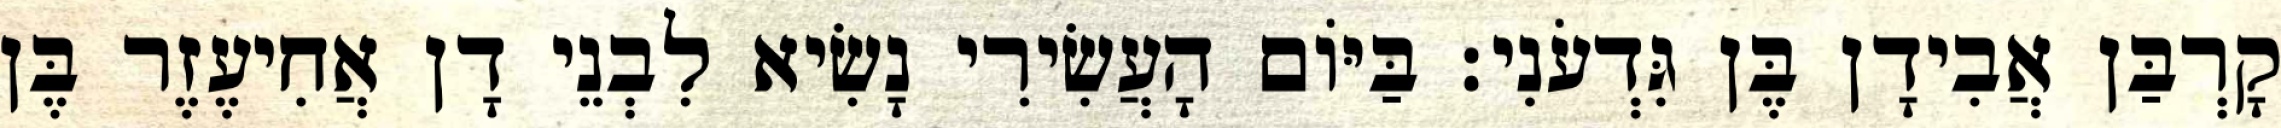
קָרְבַּן אֲבִידָן בֶּן גִּדְעֹנִי׃ בַּיּוֹם הָעֲשִׂירִי נָשִׂיא לִבְנֵי דָן אֲחִיעֶזֶר בֶּן